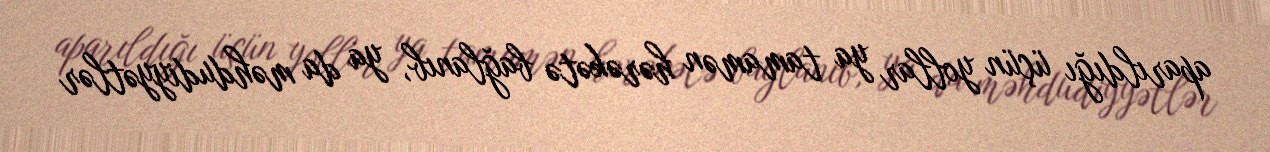
aparıldığı üçün yollar ya tamamən hərəkətə bağlanıb, ya da məhdudiyyətlər